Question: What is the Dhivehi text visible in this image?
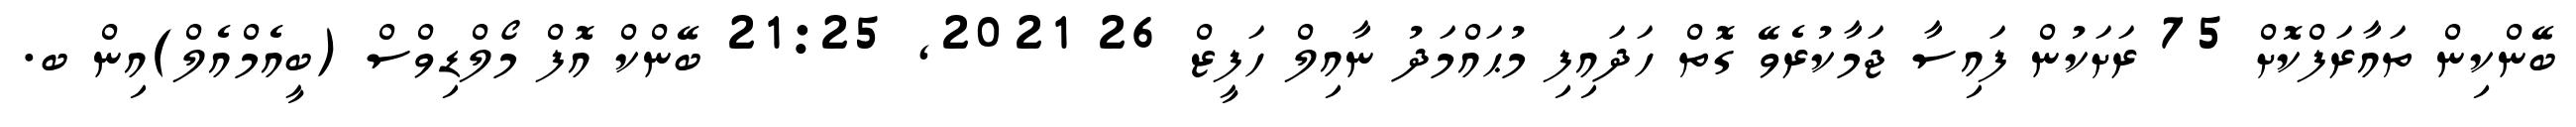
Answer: ބޭންކިން ތައާރަފްކޮށް 75 ރަށަކުން ފައިސާ ޖަމާކުރެވޭ ގޮތް ހަދައިފި މުޙައްމަދު ނާއިލް ހަފީޒް 26 2021, 21:25 ބޭންކް އޮފް މޯލްޑިވްސް (ބީއެމްއެލް)އިން ބ.